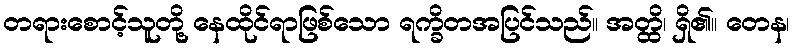
တရားစောင့်သူတို့ နေထိုင်ရာဖြစ်သော ရက္ခိတအပြင်သည်။ အတ္ထိ၊ ရှိ၏။ တေန၊